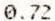
0.72